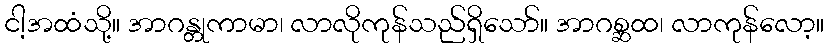
ငါ့အထံသို့။ အာဂန္တုကာမာ၊ လာလိုကုန်သည်ရှိသော်။ အာဂစ္ဆထ၊ လာကုန်လော့။